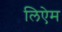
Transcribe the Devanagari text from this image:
लिऐम